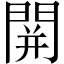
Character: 䦕